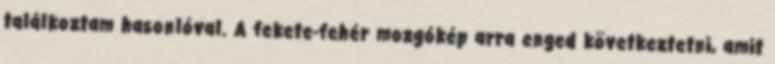
találkoztam hasonlóval. A fekete-fehér mozgókép arra enged következtetni, amit